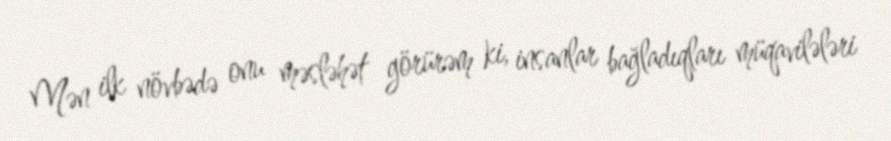
Mən ilk növbədə onu məsləhət görürəm ki, insanlar bağladıqları müqavilələri